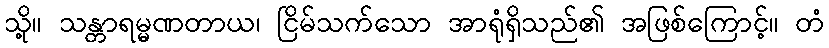
သို့။ သန္တာရမ္မဏတာယ၊ ငြိမ်သက်သော အာရုံရှိသည်၏ အဖြစ်ကြောင့်။ တံ